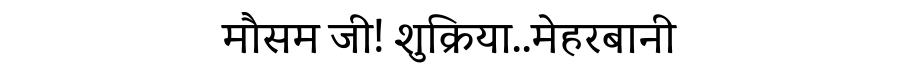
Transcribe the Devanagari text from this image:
मौसम जी! शुक्रिया..मेहरबानी